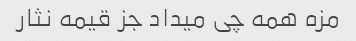
مزه همه چی میداد جز قیمه نثار